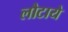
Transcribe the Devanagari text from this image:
लौटाये